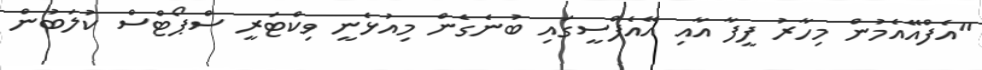
"އެފްއޭއެމުން މިހާރު ފީފާ އާއި އޭއެފްސީގައި ބުނެގެން މިއުޅެނީ ވިކްޓަރީ ސްޕޯޓްސް ކުލަބުން